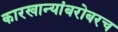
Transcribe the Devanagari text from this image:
कारखान्यांबरोबरच